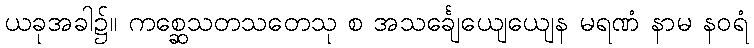
ယခုအခါ၌။ ကစ္ဆေသတသတေသု စ အသင်္ချေယျေယျေန မရဏံ နာမ နဝရံ